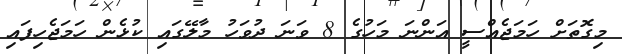
މިގޮތަށް ހަމަޖެއްސީ އަންނަ މަހުގެ 8 ވަނަ ދުވަހު މާލޭގައި ކުޅެން ހަމަޖެހިފައި